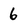
Character: 6